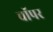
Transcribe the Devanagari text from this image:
चाॅपर